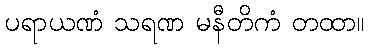
ပရာယဏံ သရဏ မနီတိကံ တထာ။